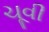
ચૂવી